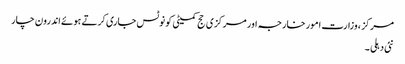
مرکز ، وزارت امور خارجہ اور مرکزی حج کمیٹی کو نوٹس جاری کرتے ہوئے اندرون چار
نئی دہلی ۔